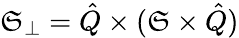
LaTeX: \mathfrak{S}_{\perp}=\hat{{Q}}\times(\mathfrak{S}\times\hat{{Q}})